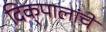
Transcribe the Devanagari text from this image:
दिक्‌पालांचे